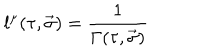
l ^ { \mu } ( \tau , \vec { \sigma } ) = { \frac { 1 } { \Gamma ( \tau , \vec { \sigma } ) } }